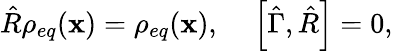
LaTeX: \hat{R}\rho_{eq}(\mathbf{x})=\rho_{eq}(\mathbf{x}),\ \ \ \ \left[\hat{\Gamma},\hat{R}\right]=0,